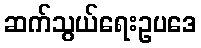
ဆက်သွယ်ရေးဥပဒေ